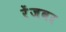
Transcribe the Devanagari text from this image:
रेंजवर